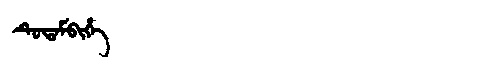
Manchu: ᡨᡠᡨᠠᠮᠪᡳᡥᡝ
Romanization: TUTAMBIHE